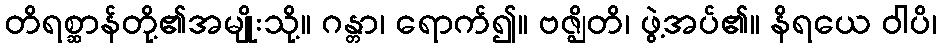
တိရစ္ဆာန်တို့၏အမျိုးသို့။ ဂန္တာ၊ ရောက်၍။ ဗဇ္ဈိတိ၊ ဖွဲ့အပ်၏။ နိရယေ ဝါပိ၊